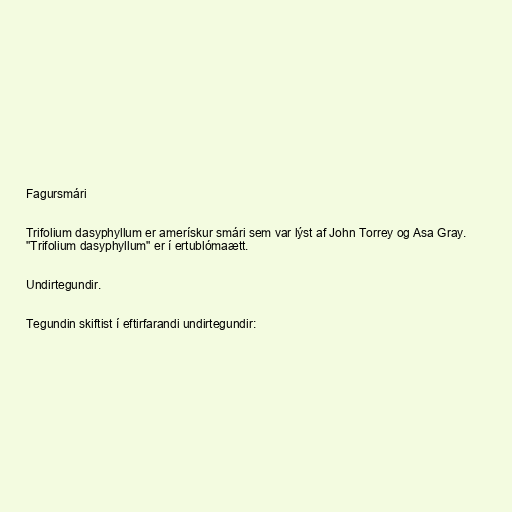
Fagursmári

Trifolium dasyphyllum er amerískur smári sem var lýst af John Torrey og Asa Gray.
"Trifolium dasyphyllum" er í ertublómaætt.

Undirtegundir.

Tegundin skiftist í eftirfarandi undirtegundir: